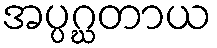
အပ္ပဂ္ဃတာယ